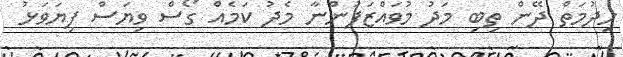
ހިދުމަތް ދޭން ތިބި މަދު މުވައްޒަފުންނާ މެދު ކަމެއް ގޯސް ވިޔަސް ފިޔަވަޅު